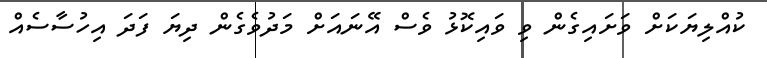
ކުއްލިޔަކަށް ވަށައިގެން ވި ވައިކޮޅު ވެސް އޭނައަށް މަދުވެގެން ދިޔަ ފަދަ އިހުސާސެއް